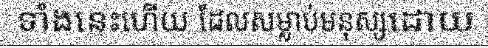
ទាំងនេះហើយ ដែលសម្លាប់មនុស្សដោយ